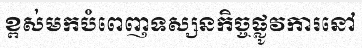
ខ្ពស់មកបំពេញទស្សនកិច្ចផ្លូវការនៅ